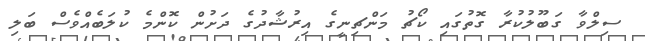
ސިލްވާ ގަބޫލުކުރާ ގޮތުގައި ކޯޗު މަންޗިނީގެ އިރުޝާދުގެ ދަށުން ކޮންމެ ކުލަބެއްވެސް ބަލި